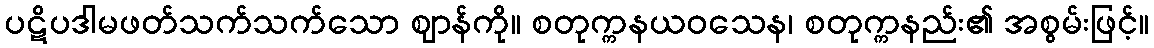
ပဋိပဒါမဖတ်သက်သက်သော ဈာန်ကို။ စတုက္ကနယဝသေန၊ စတုက္ကနည်း၏ အစွမ်းဖြင့်။